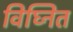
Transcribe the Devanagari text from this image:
विघ्नित